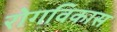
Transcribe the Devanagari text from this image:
रोगविकास